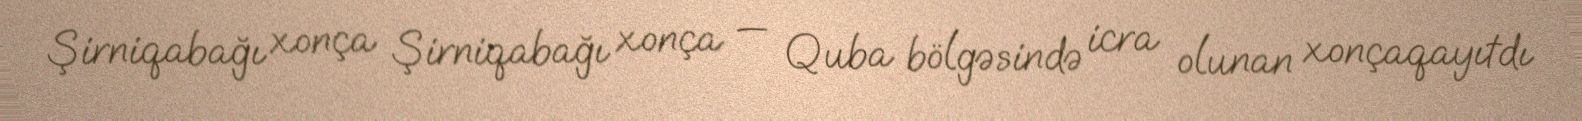
Şirniqabağı xonça Şirniqabağı xonça — Quba bölgəsində icra olunan xonçaqayıtdı